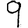
Digit: 9